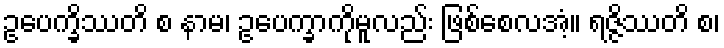
ဥပေက္ခိဿတိ စ နာမ၊ ဥပေက္ခာကိုမူလည်း ဖြစ်စေလအံ့။ ရဇ္ဇိဿတိ စ၊